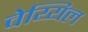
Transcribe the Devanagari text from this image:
वेय्यिल